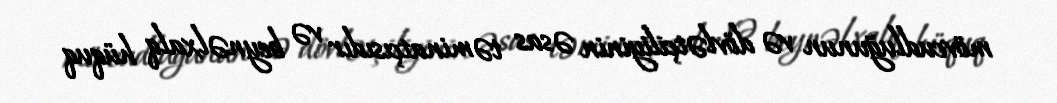
mövcudluğunun və dövlətçiliyinin əsas təminatçısıdır və beynəlxalq hüquq